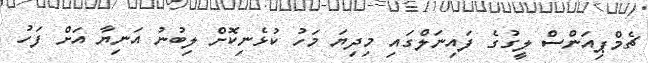
ޗެމްޕިއަންސް ލީގުގެ ފައިނަލްގައި މިދިޔަ މަހު ކުޅެނިކޮށް ލިބުނު އަނިޔާ އަށް ފަހު